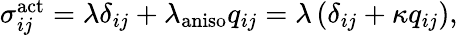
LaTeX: \begin{array}{r}{{\sigma}_{ij}^{\mathrm{act}}=\lambda\delta_{ij}+\lambda_{\mathrm{aniso}}q_{ij}=\lambda\left(\delta_{ij}+\kappa q_{ij}\right),}\end{array}